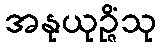
အနုယုဉ္ဇိံသု